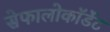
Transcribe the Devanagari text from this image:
सेफालोकॉर्डेट